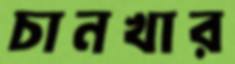
চানখার